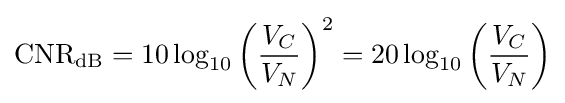
\mathrm {CNR_{dB}} =10\log _{10}\left({\frac {V_{C}}{V_{N}}}\right)^{2}=20\log _{10}\left({\frac {V_{C}}{V_{N}}}\right)